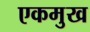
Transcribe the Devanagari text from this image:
एकमुख